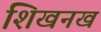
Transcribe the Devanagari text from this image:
शिखनख